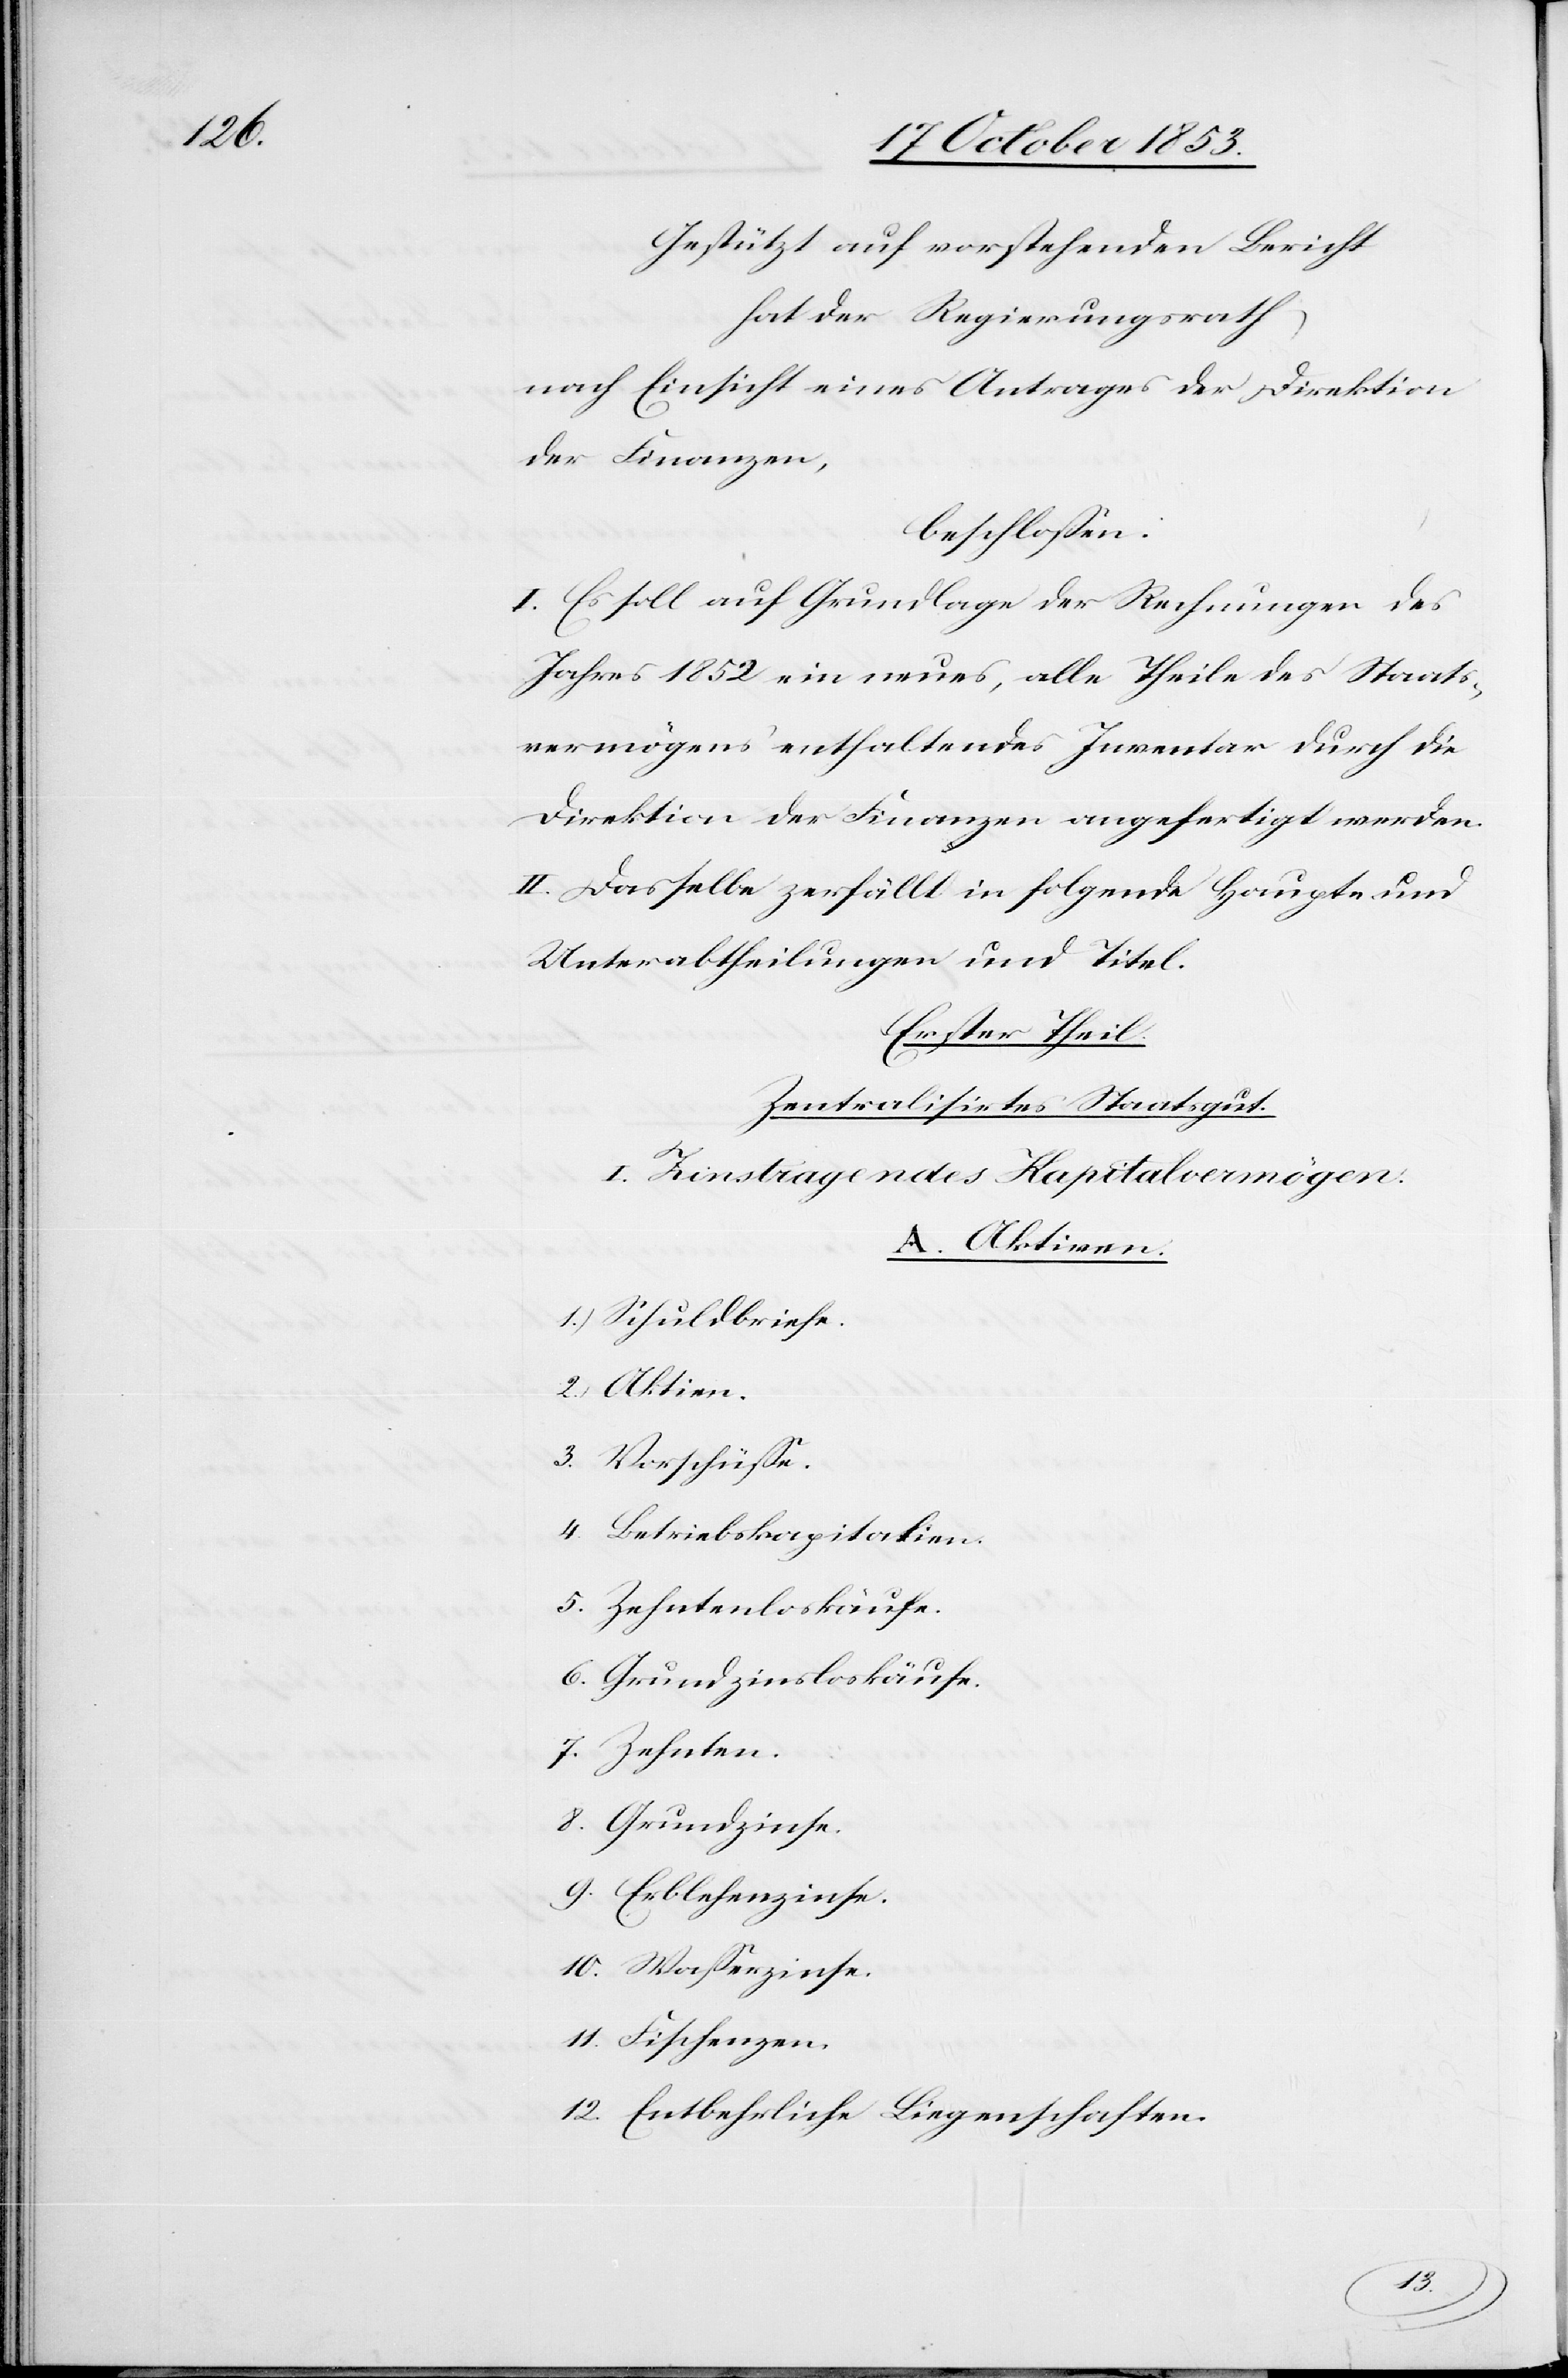
Gestützt auf vorstehenden Bericht
hat der Regierungsrath
nach Einsicht eines Antrages der Direktion
der Finanzen,
beschloßen:
I. Es soll auf Grundlage der Rechnungen des
Jahres 1852 ein neues, alle Theile des Staats¬
vermögens enthaltendes Inventar durch die
Direktion der Finanzen angefertigt werden.
II. Dasselbe zerfällt in folgende Haupt- und
Unterabtheilungen und Titel.
Erster Theil:
Zentralisirtes Staatsgut.
I. Zinstragendes Kapitalvermögen:
A. Aktiven.
1.) Schulbriefe.
2.) Aktien.
3.) Vorschüße.
4. Betriebskapitalien.
5. Zehntenloskäufe.
6. Grundzinsloskäufe.
7. Zehnten.
8. Grundzinse.
9. Erblehenzinse.
10. Waßerzinse.
11. Fischenzen.
12. Entbehrliche Liegenschaften.